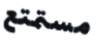
مستمتع